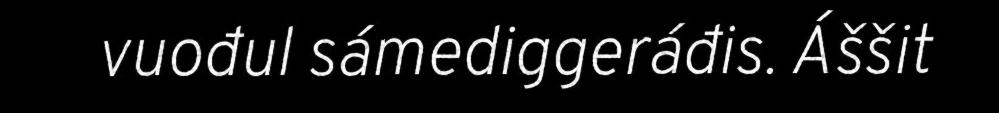
vuođul sámediggeráđis. Áššit